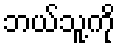
ဘယ်သူ့ကို